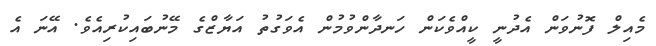
މެއިލް ފޮނުވަން އެދުނީ ކީއްވެކަން ހަނދާންވުމުން އެވަގުތު އަޔާޒްގެ މޭނުބައިކުރިއެވެ. އޭނަ އެ